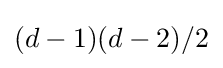
(d-1)(d-2)/2